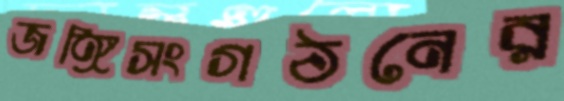
জঙ্গিসংগঠনের